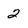
Character: 2